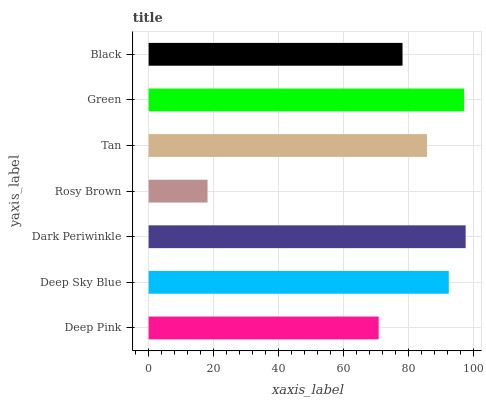
| yaxis_label | bars |
 | --- | --- |
 | Deep Pink | 70.8 |
 | Deep Sky Blue | 92.3 |
 | Dark Periwinkle | 97.5 |
 | Rosy Brown | 18.1 |
 | Tan | 85.7 |
 | Green | 97 |
 | Black | 78.1 |